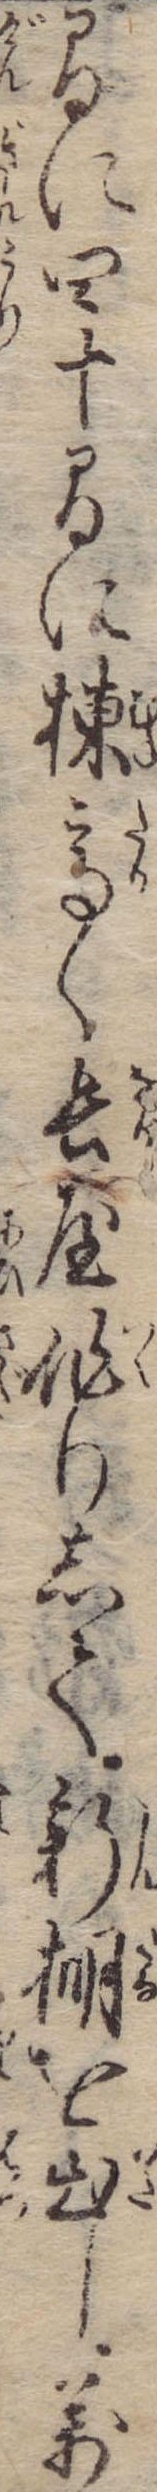
間に四十間に棟高く長屋作りして新棚を出し万